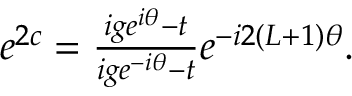
\begin{array} { r } { e ^ { 2 c } = \frac { i g e ^ { i \theta } - t } { i g e ^ { - i \theta } - t } e ^ { - i 2 ( L + 1 ) \theta } . } \end{array}